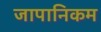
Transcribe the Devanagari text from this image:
जापानिकम